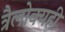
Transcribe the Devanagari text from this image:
त्रैलोक्यही